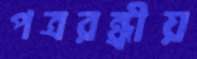
পত্ররন্ধ্রীয়